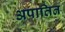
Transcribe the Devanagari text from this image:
अपातित